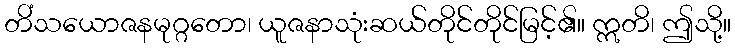
တိံသယောဇနမုဂ္ဂတော၊ ယူဇနာသုံးဆယ်တိုင်တိုင်မြင့်၏။ ဣတိ၊ ဤသို့။